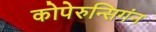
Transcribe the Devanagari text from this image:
कोपेरुन्सिगंन